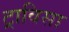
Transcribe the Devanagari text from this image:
ट्राविसा